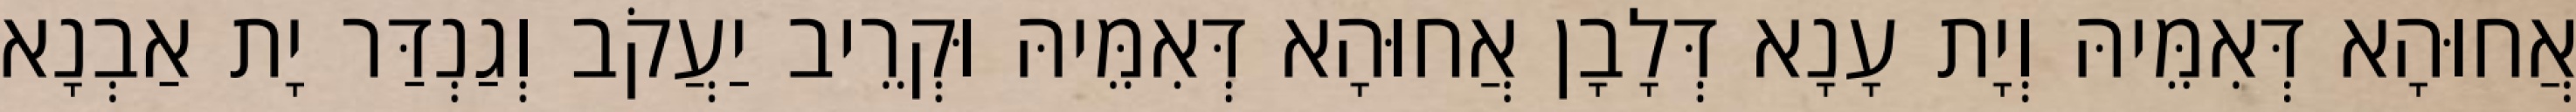
אֲחוּהָא דְּאִמֵּיהּ וְיָת עָנָא דְּלָבָן אֲחוּהָא דְּאִמֵּיהּ וּקְרֵיב יַעֲקֹב וְגַנְדַּר יָת אַבְנָא